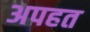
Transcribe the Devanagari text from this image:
अपहत